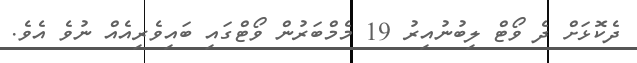
ދެކޮޅަށް ދެ ވޯޓް ލިބުނުއިރު 19 މެމްބަރުން ވޯޓްގައި ބައިވެރިއެއް ނުވެ އެވެ.